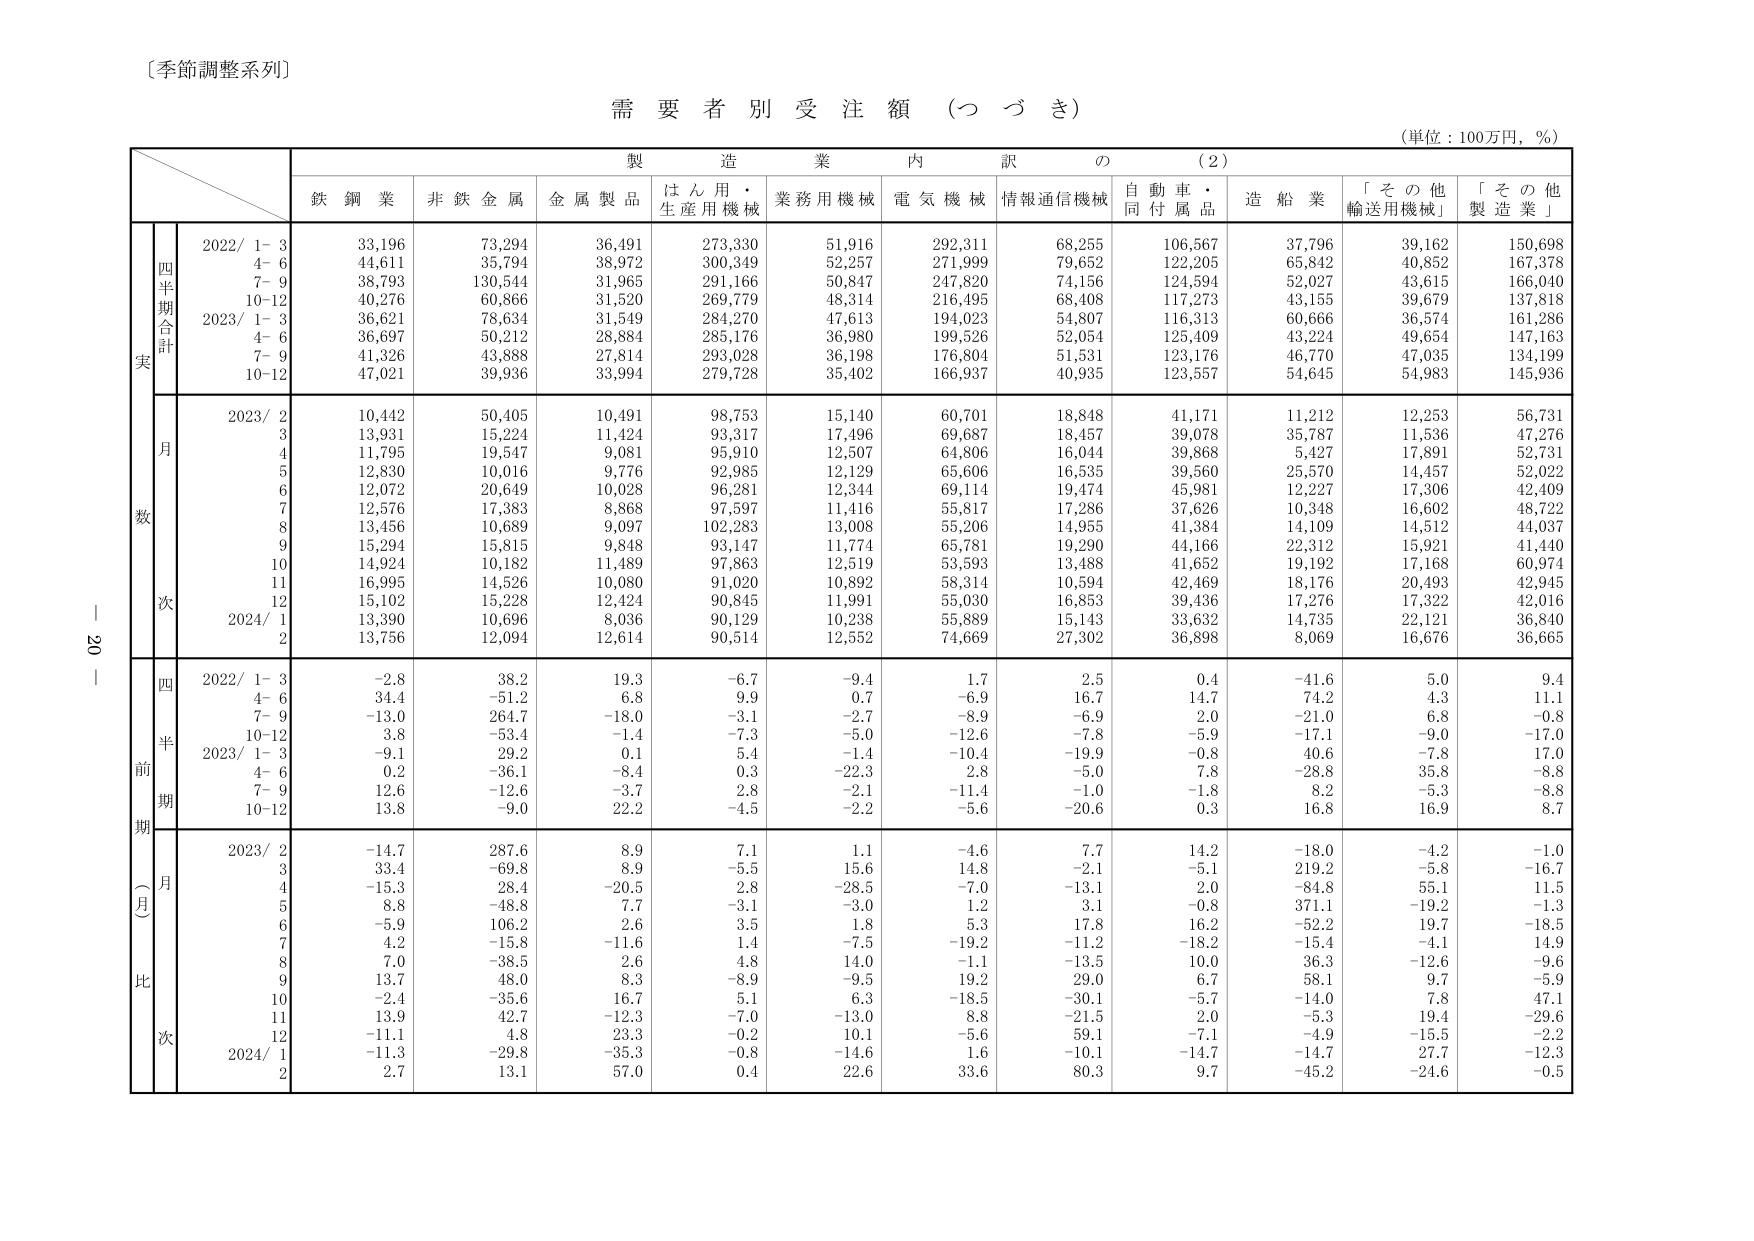
〔季節調整系列〕

需要者別受注額（つづき）

（単位：100万円，％）

製造業内訳の（2）

鉄鋼業　非鉄金属　金属製品　はん用・生産用機械　業務用機械　電気機械　情報通信機械　自動車・同付属品　造船業　「その他輸送用機械」　「その他製造業」

四半期合計
実
2022/ 1-3　33,196　73,294　36,491　273,330　51,916　292,311　68,255　106,567　37,796　39,162　150,698
　　　4-6　44,611　35,794　38,972　300,349　52,257　271,999　79,652　122,205　65,842　40,852　167,378
　　　7-9　38,793　130,544　31,965　291,166　50,847　247,820　74,156　124,594　52,027　43,615　166,040
　　　10-12　40,276　60,866　31,520　269,779　48,314　216,495　68,408　117,273　43,155　39,679　137,818
2023/ 1-3　36,621　78,634　31,549　284,270　47,613　194,023　54,807　116,313　60,666　36,574　161,286
　　　4-6　36,697　50,212　28,884　285,176　36,980　199,526　52,054　125,409　43,224　49,654　147,163
　　　7-9　41,326　43,888　27,814　293,028　36,198　176,804　51,531　123,176　46,770　47,035　134,199
　　　10-12　47,021　39,936　33,994　279,728　35,402　166,937　40,935　123,557　54,645　54,983　145,936

月数
2023/ 2　10,442　50,405　10,491　98,753　15,140　60,701　18,848　41,171　11,212　12,253　56,731
　　　3　13,931　15,224　11,424　93,317　17,496　69,687　18,457　39,078　35,787　11,536　47,276
　　　4　11,795　19,547　9,081　95,910　12,507　64,806　16,044　39,868　5,427　17,891　52,731
　　　5　12,830　10,016　9,776　92,985　12,129　65,606　16,535　39,560　25,570　14,457　52,022
　　　6　12,072　20,649　10,028　96,281　12,344　69,114　19,474　45,981　12,227　17,306　42,409
　　　7　12,576　17,383　8,868　97,597　11,416　55,817　17,286　37,626　10,348　16,602　48,722
　　　8　13,456　10,689　9,097　102,283　13,008　55,206　14,955　41,384　14,109　14,512　44,037
　　　9　15,294　15,815　9,848　93,147　11,774　65,781　19,290　44,166　22,312　15,921　41,440
　　　10　14,924　10,182　11,489　97,863　12,519　53,593　13,488　41,652　19,192　17,168　60,974
　　　11　16,995　14,526　10,080　91,020　10,892　58,314　10,594　42,469　18,176　20,493　42,945
　　　12　15,102　15,228　12,424　90,845　11,991　55,030　16,853　39,436　17,276　17,322　42,016
2024/ 1　13,390　10,696　8,036　90,129　10,238　55,889　15,143　33,632　14,735　22,121　36,840
　　　2　13,756　12,094　12,614　90,514　12,552　74,669　27,302　36,898　8,069　16,676　36,665

四半期前期（一月比）
2022/ 1-3　-2.8　38.2　19.3　-6.7　-9.4　1.7　2.5　0.4　-41.6　5.0　9.4
　　　4-6　34.4　-51.2　6.8　9.9　0.7　-6.9　16.7　14.7　74.2　4.3　11.1
　　　7-9　-13.0　264.7　-18.0　-3.1　-2.7　-8.9　-6.9　2.0　-21.0　6.8　-0.8
　　　10-12　3.8　-53.4　-1.4　-7.3　-5.0　-12.6　-7.8　-5.9　-17.1　-9.0　-17.0
2023/ 1-3　-9.1　29.2　0.1　5.4　-1.4　-10.4　-19.9　-0.8　40.6　-7.8　17.0
　　　4-6　0.2　-36.1　-8.4　0.3　-22.3　2.8　-5.0　7.8　-28.8　35.8　-8.8
　　　7-9　12.6　-12.6　-3.7　2.8　-2.1　-11.4　-1.0　-1.8　8.2　-5.3　-8.8
　　　10-12　13.8　-9.0　22.2　-4.5　-2.2　-5.6　-20.6　0.3　16.8　16.9　8.7

月次
2023/ 2　-14.7　287.6　8.9　7.1　1.1　-4.6　7.7　14.2　-18.0　-4.2　-1.0
　　　3　33.4　-69.8　8.9　-5.5　15.6　14.8　-2.1　-5.1　219.2　-5.8　-16.7
　　　4　-15.3　28.4　-20.5　2.8　-28.5　-7.0　-13.1　2.0　-84.8　55.1　11.5
　　　5　8.8　-48.8　7.7　-3.1　-3.0　1.2　3.1　-0.8　371.1　-19.2　-1.3
　　　6　-5.9　106.2　2.6　3.5　1.8　5.3　17.8　16.2　-52.2　19.7　-18.5
　　　7　4.2　-15.8　-11.6　1.4　-7.5　-19.2　-11.2　-18.2　-15.4　-4.1　14.9
　　　8　7.0　-38.5　2.6　4.8　14.0　-1.1　-13.5　10.0　36.3　-12.6　-9.6
　　　9　13.7　48.0　8.3　-8.9　-9.5　19.2　29.0　6.7　58.1　9.7　-5.9
　　　10　-2.4　-35.6　16.7　5.1　6.3　-18.5　-30.1　-5.7　-14.0　7.8　47.1
　　　11　13.9　42.7　-12.3　-7.0　-13.0　8.8　-21.5　2.0　-5.3　19.4　-29.6
　　　12　-11.1　4.8　23.3　-0.2　10.1　-5.6　59.1　-7.1　-4.9　-15.5　-2.2
2024/ 1　-11.3　-29.8　-35.3　-0.8　-14.6　1.6　-10.1　-14.7　-14.7　27.7　-12.3
　　　2　2.7　13.1　57.0　0.4　22.6　33.6　80.3　9.7　-45.2　-24.6　-0.5

20　ー